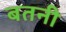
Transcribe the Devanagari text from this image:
बतनी